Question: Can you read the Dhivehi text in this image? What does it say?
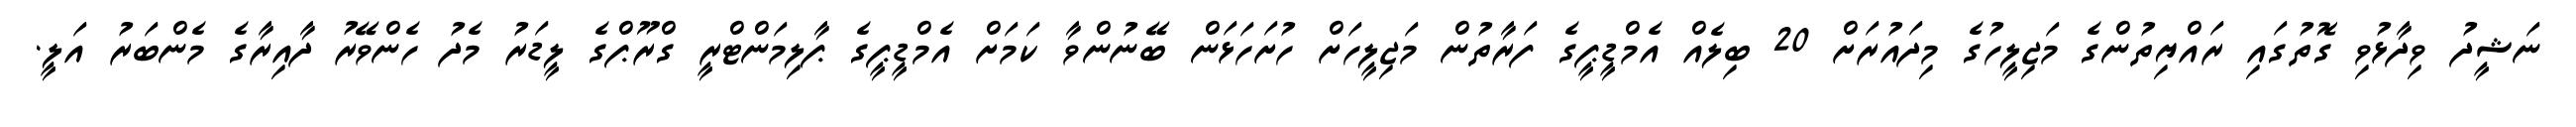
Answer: ނަޝީދު ވިދާޅުވި ގޮތުގައި ރައްޔިތުންގެ މަޖިލީހުގެ މިދައުރަށް 20 ބިލެއް އެމްޑީޕީގެ ފަރާތުން މަޖިލީހަށް ހުށަހަޅަން ބޭނުންވާ ކަމަށް އެމްޑީޕީގެ ޕާލިމަންޓްރީ ގްރޫޕްގެ ލީޑަރު މެދު ހެންވޭރު ދާއިރާގެ މެންބަރު އަލީ.